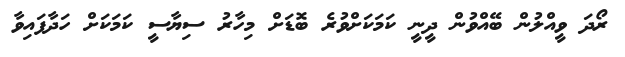
ރޯދަ ވީއްލުން ބޭއްވުން ދީނީ ކަމަކަށްވުރެ ބޮޑަށް މިހާރު ސިޔާސީ ކަމަކަށް ހަދާފައިވާ